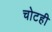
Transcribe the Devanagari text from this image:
चोटही